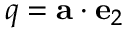
q = \mathbf { a } \cdot \mathbf { e } _ { 2 }